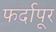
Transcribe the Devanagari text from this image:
फर्दापूर